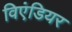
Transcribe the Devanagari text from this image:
विएंडियर